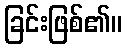
ခြင်းဖြစ်၏။